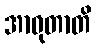
အာဝုတာတိ